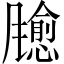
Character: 𫗃